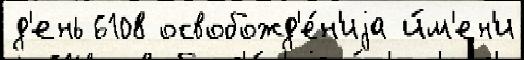
д'ень 6108 освобожд'е́н'иjа и́м'ен'и